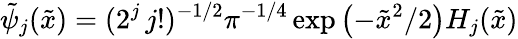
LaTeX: \tilde{\psi}_{j}(\tilde{x})=(2^{j}\, j!)^{-1/2}\pi^{-1/4}\exp\left(-\tilde{x}^{2}/2\right)H_{j}(\tilde{x})